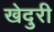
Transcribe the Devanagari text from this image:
खेदुरी